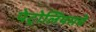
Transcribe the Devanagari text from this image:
पेट्रोलियमचे